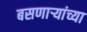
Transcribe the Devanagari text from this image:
बसणार्‍यांच्या